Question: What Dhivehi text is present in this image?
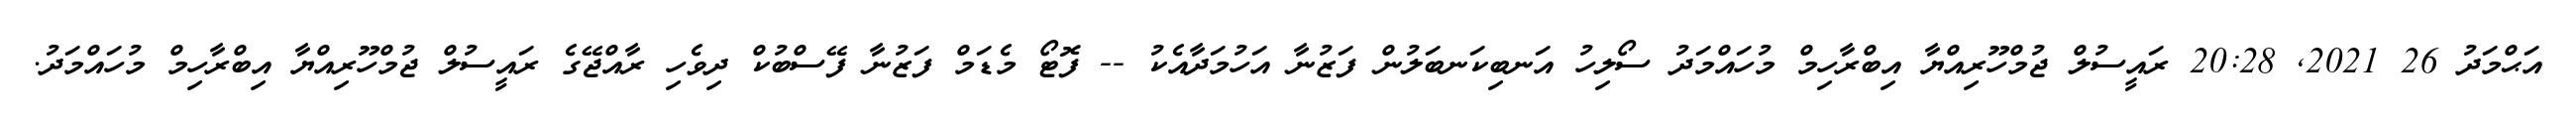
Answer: އަޙްމަދު 26 2021, 20:28 ރައީސުލް ޖުމްހޫރިއްޔާ އިބްރާހިމް މުހައްމަދު ސޯލިހު އަނބިކަނބަލުން ފަޒުނާ އަހުމަދާއެކު -- ފޮޓޯ މެޑަމް ފަޒުނާ ފޭސްބުކް ދިވެހި ރާއްޖޭގެ ރައީސުލް ޖުމްހޫރިއްޔާ އިބްރާހިމް މުހައްމަދު.